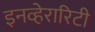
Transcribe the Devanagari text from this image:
इनव्हेरारिटी